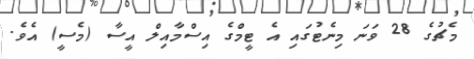
މެޗުގެ 28 ވަނަ މިނެޓުގައި އެ ޓީމްގެ އިސްމާއިލް އީސާ (މެސީ) އެވެ.